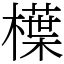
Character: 𣜿